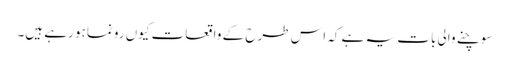
سوچنے والی بات یہ ہے کہ اس طرح کے واقعات کیوں رونما ہو رہے ہیں۔